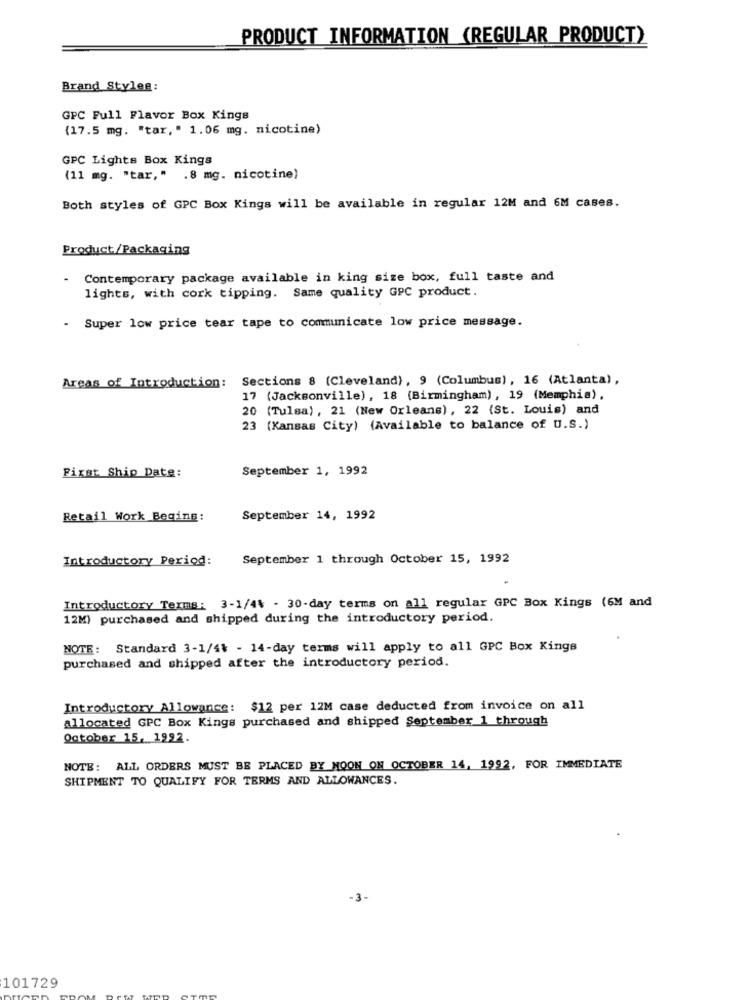
PRODUCT INFORMATION (REGULAR PRODUCT)
Brand Styles:
GPC Full Flavor Box Kings
(17.5 mg. "tar," 1.06 mg. nicotine)
GPC Lights Box Kings
(11 mg. "tar," .8 mg. nicotine)
Both styles of GPC Box Kings will be available in regular 12M and 6M cases.
Product/Packaging
-
Contemporary package available in king size box, full taste and
lights, with cork tipping. Same quality GPC product.
- Super low price tear tape to communicate low price message.
Areas of Introduction: Sections 8 (Cleveland), 9 (Columbus), 16 (Atlanta),
17 (Jacksonville), 18 (Birmingham), 19 (Memphis),
20 (Tulsa), 21 (New Orleans), 22 (St. Louis) and
23 (Kansas City) (Available to balance of U.S.)
September 1, 1992
First Ship Date:
Retail Work Beging:
September 14, 1992
Introductory Period:
September 1 through October 15, 1992
Introductory Terms : 3-1/44 - 30-day terms on all regular GPC Box Kings (6M and
12M) purchased and shipped during the introductory period.
NOTE: Standard 3-1/4% - 14-day terms will apply to all GPC Box Kings
purchased and shipped after the introductory period.
Introductory Allowance: $12 per 12M case deducted from invoice on all
allocated GPC Box Kings purchased and shipped September 1 through
October 15, 1992.
NOTE: ALL ORDERS MUST BE PLACED BY MOON ON OCTOBER 14, 1992, FOR IMMEDIATE
SHIPMENT TO QUALIFY FOR TERMS AND ALLOWANCES.
101729